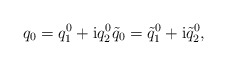
\begin{align*}q_{0}=q^{0}_{1}+{\rm i}q^{0}_{2} \tilde{q}_{0}=\tilde{q}^{0}_{1}+{\rm i}\tilde{q}^{0}_{2},\end{align*}